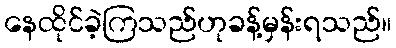
နေထိုင်ခဲ့ကြသည်ဟုခန့်မှန်းရသည်။